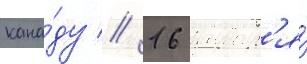
кана́ду // 16 январ'я́